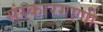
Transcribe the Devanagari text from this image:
संस्कारगाणी